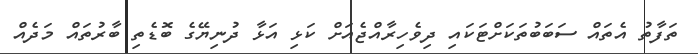
ތަފާތު އެތައް ސަބަބުތަކަށްޓަކައި ދިވެހިރާއްޖެއަށް ކަޅި އަޅާ ދުނިޔޭގެ ބޮޑެތި ބާރުތައް މަދެއް